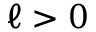
\ell > 0